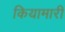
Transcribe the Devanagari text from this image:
कियामारी